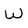
Character: W